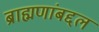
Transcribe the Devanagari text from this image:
ब्राह्मणांबद्दल